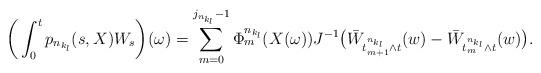
LaTeX: \begin{align*}\bigg(\int_{0}^{t}p_{n_{k_l}}(s,X)W_s\bigg)(\omega) = \sum_{m=0}^{j_{n_{k_l}}-1}\Phi_m^{n_{k_l}}(X(\omega)) J^{-1}\big(\bar{W}_{t^{n_{k_l}}_{m+1}\wedge t}(w)-\bar{W}_{t^{n_{k_l}}_{m}\wedge t}(w)\big).\end{align*}